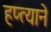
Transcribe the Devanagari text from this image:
हप्त्याने